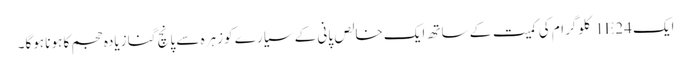
ایک 1E24 کلوگرام کی کمیت کے ساتھ ایک خالص پانی کے سیارے کو زہرہ سے پانچ گنا زیادہ حجم کا ہونا ہوگا۔